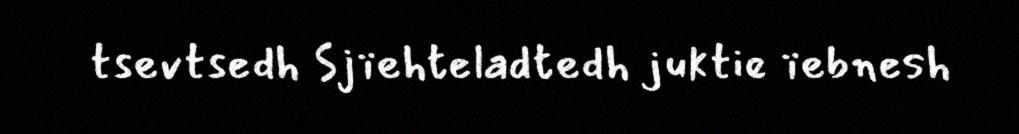
tsevtsedh Sjïehteladtedh juktie ïebnesh